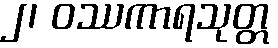
၂၊ ဝဿကာရသုတ္တ